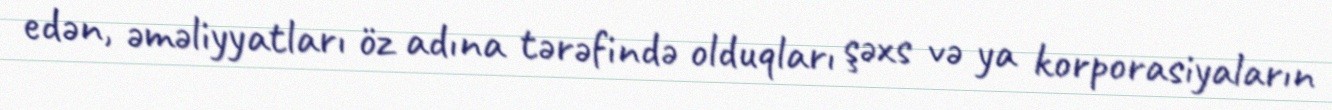
edən, əməliyyatları öz adına tərəfində olduqları şəxs və ya korporasiyaların